Lunatic asylums Madras 1877-1891 - 1877-1891
Year: 1877
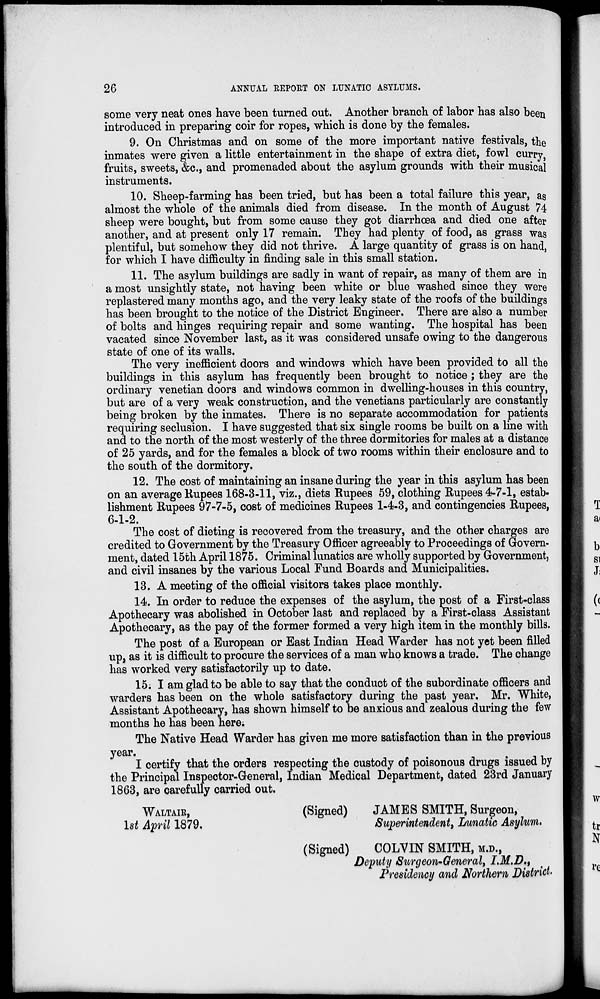
26
ANNUAL REPORT ON LUNATIC ASYLUMS.
some very neat ones have been turned out. Another branch of labor has also been
introduced in preparing coir for ropes, which is done by the females.
9. On Christmas and on some of the more important native festivals, the
inmates were given a little entertainment in the shape of extra diet, fowl curry,
fruits, sweets, &c., and promenaded about the asylum grounds with their musical
instruments.
10. Sheep-farming has been tried, but has been a total failure this year, as
almost the whole of the animals died from disease. In the month of August 74
sheep were bought, but from some cause they got diarrhœa and died one after
another, and at present only 17 remain. They had plenty of food, as grass was
plentiful, but somehow they did not thrive. A large quantity of grass is on hand,
for which I have difficulty in finding sale in this small station.
11. The asylum buildings are sadly in want of repair, as many of them are in
a most unsightly state, not having been white or blue washed since they were
replastered many months ago, and the very leaky state of the roofs of the buildings
has been brought to the notice of the District Engineer. There are also a number
of bolts and hinges requiring repair and some wanting. The hospital has been
vacated since November last, as it was considered unsafe owing to the dangerous
state of one of its walls.
The very inefficient doors and windows which have been provided to all the
buildings in this asylum has frequently been brought to notice ; they are the
ordinary venetian doors and windows common in dwelling-houses in this country,
but are of a very weak construction, and the venetians particularly are constantly
being broken by the inmates. There is no separate accommodation for patients
requiring seclusion. I have suggested that six single rooms be built on a line with
and to the north of the most westerly of the three dormitories for males at a distance
of 25 yards, and for the females a block of two rooms within their enclosure and to
the south of the dormitory.
12. The cost of maintaining an insane during the year in this asylum has been
on an average Rupees 168-3-11, viz., diets Rupees 59, clothing Rupees 4-7-1, estab-
lishment Rupees 97-7-5, cost of medicines Rupees 1-4-3, and contingencies Rupees,
6-1-2.
The cost of dieting is recovered from the treasury, and the other charges are
credited to Government by the Treasury Officer agreeably to Proceedings of Govern-
ment, dated 15th April 1875. Criminal lunatics are wholly supported by Government,
and civil insanes by the various Local Fund Boards and Municipalities.
13. A meeting of the official visitors takes place monthly.
14. In order to reduce the expenses of the asylum, the post of a First-class
Apothecary was abolished in October last and replaced by a First-class Assistant
Apothecary, as the pay of the former formed a very high item in the monthly bills.
The post of a European or East Indian Head Warder has not yet been filled
up, as it is difficult to procure the services of a man who knows a trade. The change
has worked very satisfactorily up to date.
15. I am glad to be able to say that the conduct of the subordinate officers and
warders has been on the whole satisfactory during the past year. Mr. White,
Assistant Apothecary, has shown himself to be anxious and zealous during the few
months he has been here.
The Native Head Warder has given me more satisfaction than in the previous
year.
I certify that the orders respecting the custody of poisonous drugs issued by
the Principal Inspector-General, Indian Medical Department, dated 23rd January
1863, are carefully carried out.
WALTAIR,
(Signed)
JAMES SMITH, Surgeon,
1st April 1879.
Superintendent, Lunatic Asylum.
(Signed)
COLVIN SMITH, M.D.,
Deputy Surgeon-General, I.M.D.,
Presidency and Northern District.